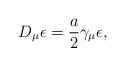
LaTeX: \begin{align*}D_{\mu} \epsilon = \frac{a}{2} \gamma_{\mu} \epsilon,\end{align*}